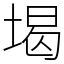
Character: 堨